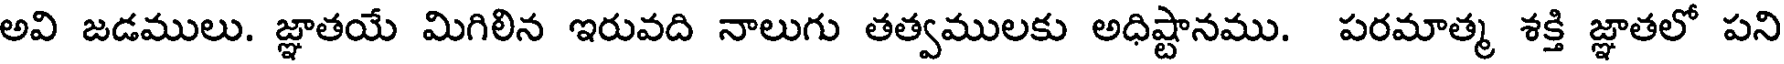
అవి జడములు. జ్ఞాతయే మిగిలిన ఇరువది నాలుగు తత్వములకు అధిష్టానము. పరమాత్మ శక్తి జ్ఞాతలో పని